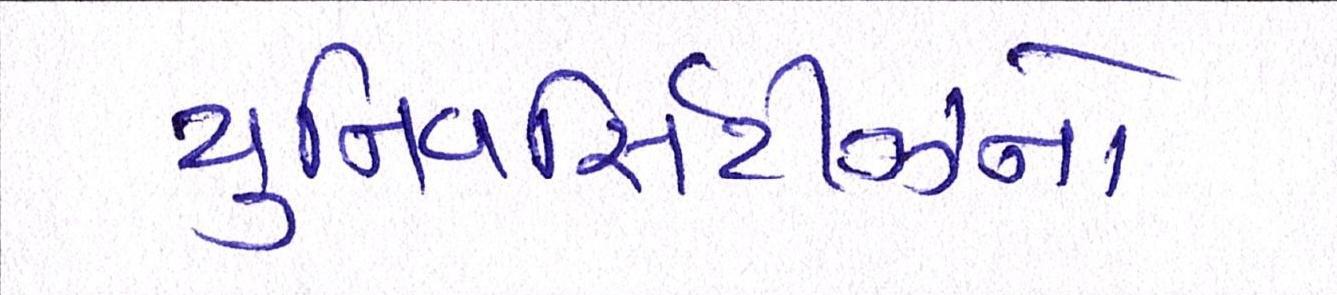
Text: યુનિવર્સિટીઝનો